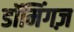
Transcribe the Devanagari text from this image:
डॉमिंगज़